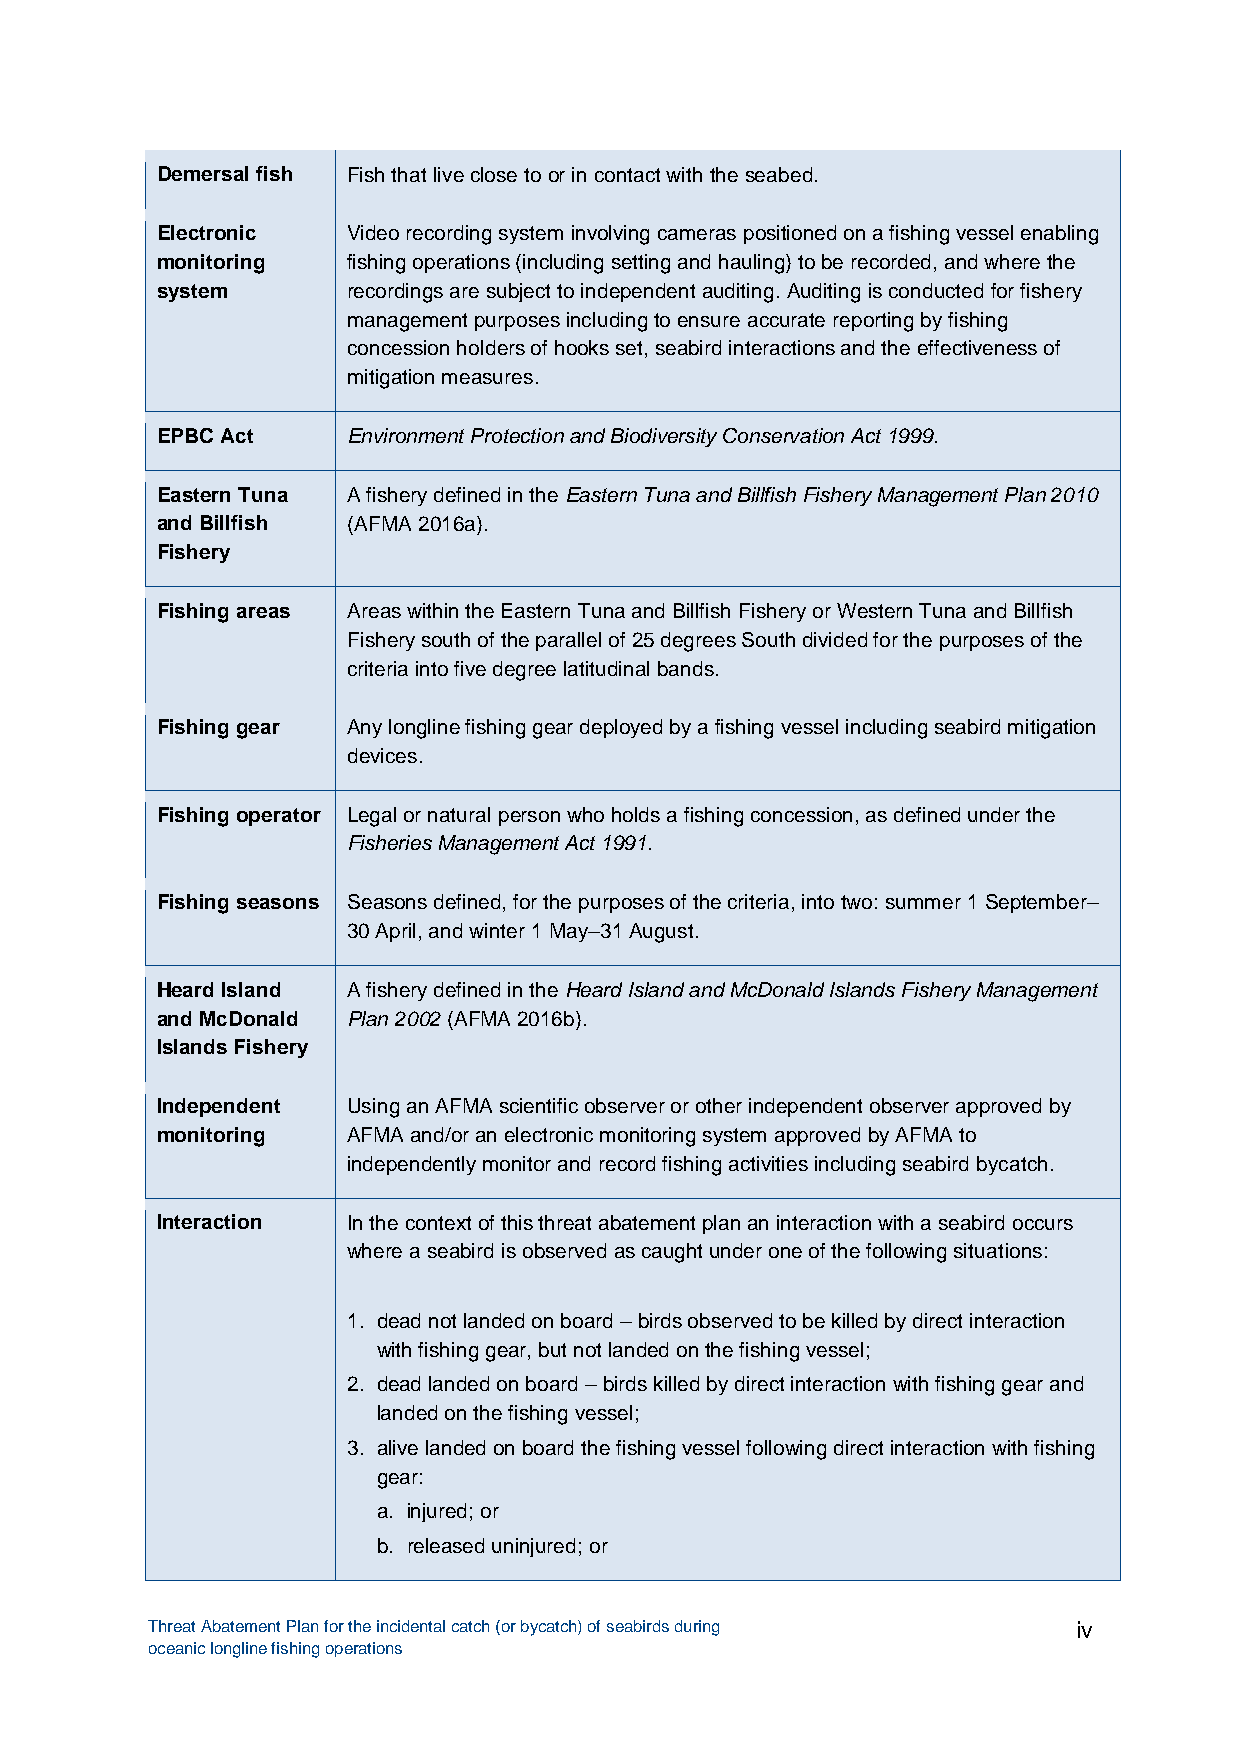
Demersal fish Fish that live close to or in contact with the seabed.
 Electronic   Video recording system involving cameras positioned on a fishing vessel enabling
 monitoring   fishing operations (including setting and hauling) to be recorded, and where the
 system       recordings are subject to independent auditing. Auditing is conducted for fishery
 management purposes including to ensure accurate reporting by fishing
 concession holders of hooks set, seabird interactions and the effectiveness of
 mitigation measures.
 EPBC Act     Environment Protection and Biodiversity Conservation Act 1999.
 Eastern Tuna A fishery defined in the Eastern Tuna and Billfish Fishery Management Plan 2010
 and Billfish (AFMA 2016a).
 Fishery
 Fishing areas Areas within the Eastern Tuna and Billfish Fishery or Western Tuna and Billfish
 Fishery south of the parallel of 25 degrees South divided for the purposes of the
 criteria into five degree latitudinal bands.
 Fishing gear Any longline fishing gear deployed by a fishing vessel including seabird mitigation
 devices.
 Fishing operator Legal or natural person who holds a fishing concession, as defined under the
 Fisheries Management Act 1991.
 Fishing seasons Seasons defined, for the purposes of the criteria, into two: summer 1 September–
 30 April, and winter 1 May–31 August.
 Heard Island A fishery defined in the Heard Island and McDonald Islands Fishery Management
 and McDonald Plan 2002 (AFMA 2016b).
 Islands Fishery
 Independent  Using an AFMA scientific observer or other independent observer approved by
 monitoring   AFMA and/or an electronic monitoring system approved by AFMA to
 independently monitor and record fishing activities including seabird bycatch.
 Interaction  In the context of this threat abatement plan an interaction with a seabird occurs
 where a seabird is observed as caught under one of the following situations:
 1. dead not landed on board – birds observed to be killed by direct interaction
 with fishing gear, but not landed on the fishing vessel;
 2. dead landed on board – birds killed by direct interaction with fishing gear and
 landed on the fishing vessel;
 3. alive landed on board the fishing vessel following direct interaction with fishing
 gear:
 a. injured; or
 b. released uninjured; or
 Threat Abatement Plan for the incidental catch (or bycatch) of seabirds during iv
 oceanic longline fishing operations